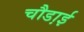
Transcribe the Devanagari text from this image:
चौडा़ई